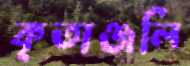
কৃতাঞ্জলি